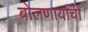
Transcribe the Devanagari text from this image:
बोलणार्यांची